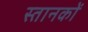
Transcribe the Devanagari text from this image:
स्तानकों